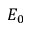
E _ { 0 }